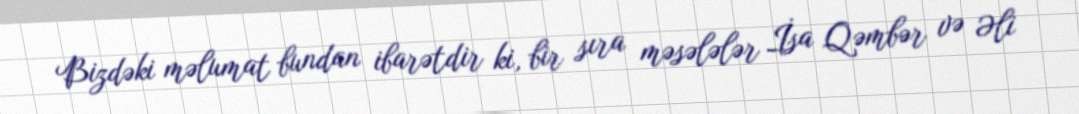
Bizdəki məlumat bundan ibarətdir ki, bir sıra məsələlər İsa Qəmbər və Əli